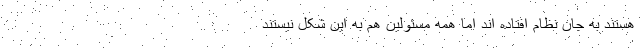
هستند به جان نظام افتاده اند اما همه مسئولین هم به این شکل نیستند